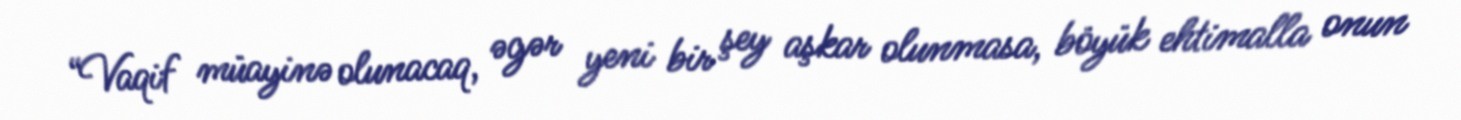
“Vaqif müayinə olunacaq, əgər yeni bir şey aşkar olunmasa, böyük ehtimalla onun